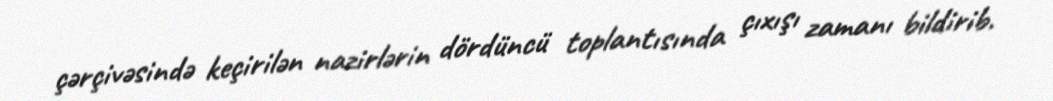
çərçivəsində keçirilən nazirlərin dördüncü toplantısında çıxışı zamanı bildirib.